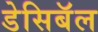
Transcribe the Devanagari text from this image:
डेसिबॅल